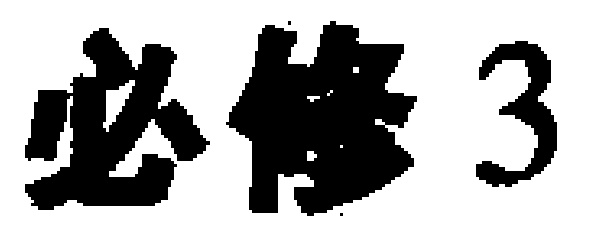
必修 3